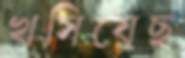
খসিয়েছ